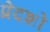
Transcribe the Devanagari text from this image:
प्रेदशों